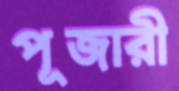
পূজারী